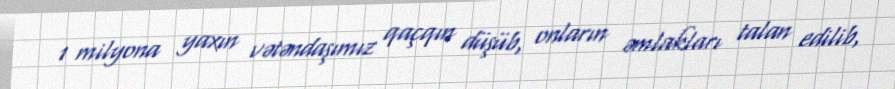
1 milyona yaxın vətəndaşımız qaçqın düşüb, onların əmlakları talan edilib,